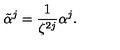
\tilde { \alpha } ^ { j } = \frac { 1 } { \zeta ^ { 2 j } } \alpha ^ { j } .